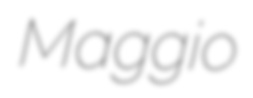
Maggio